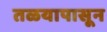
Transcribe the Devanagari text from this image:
तळयापासून